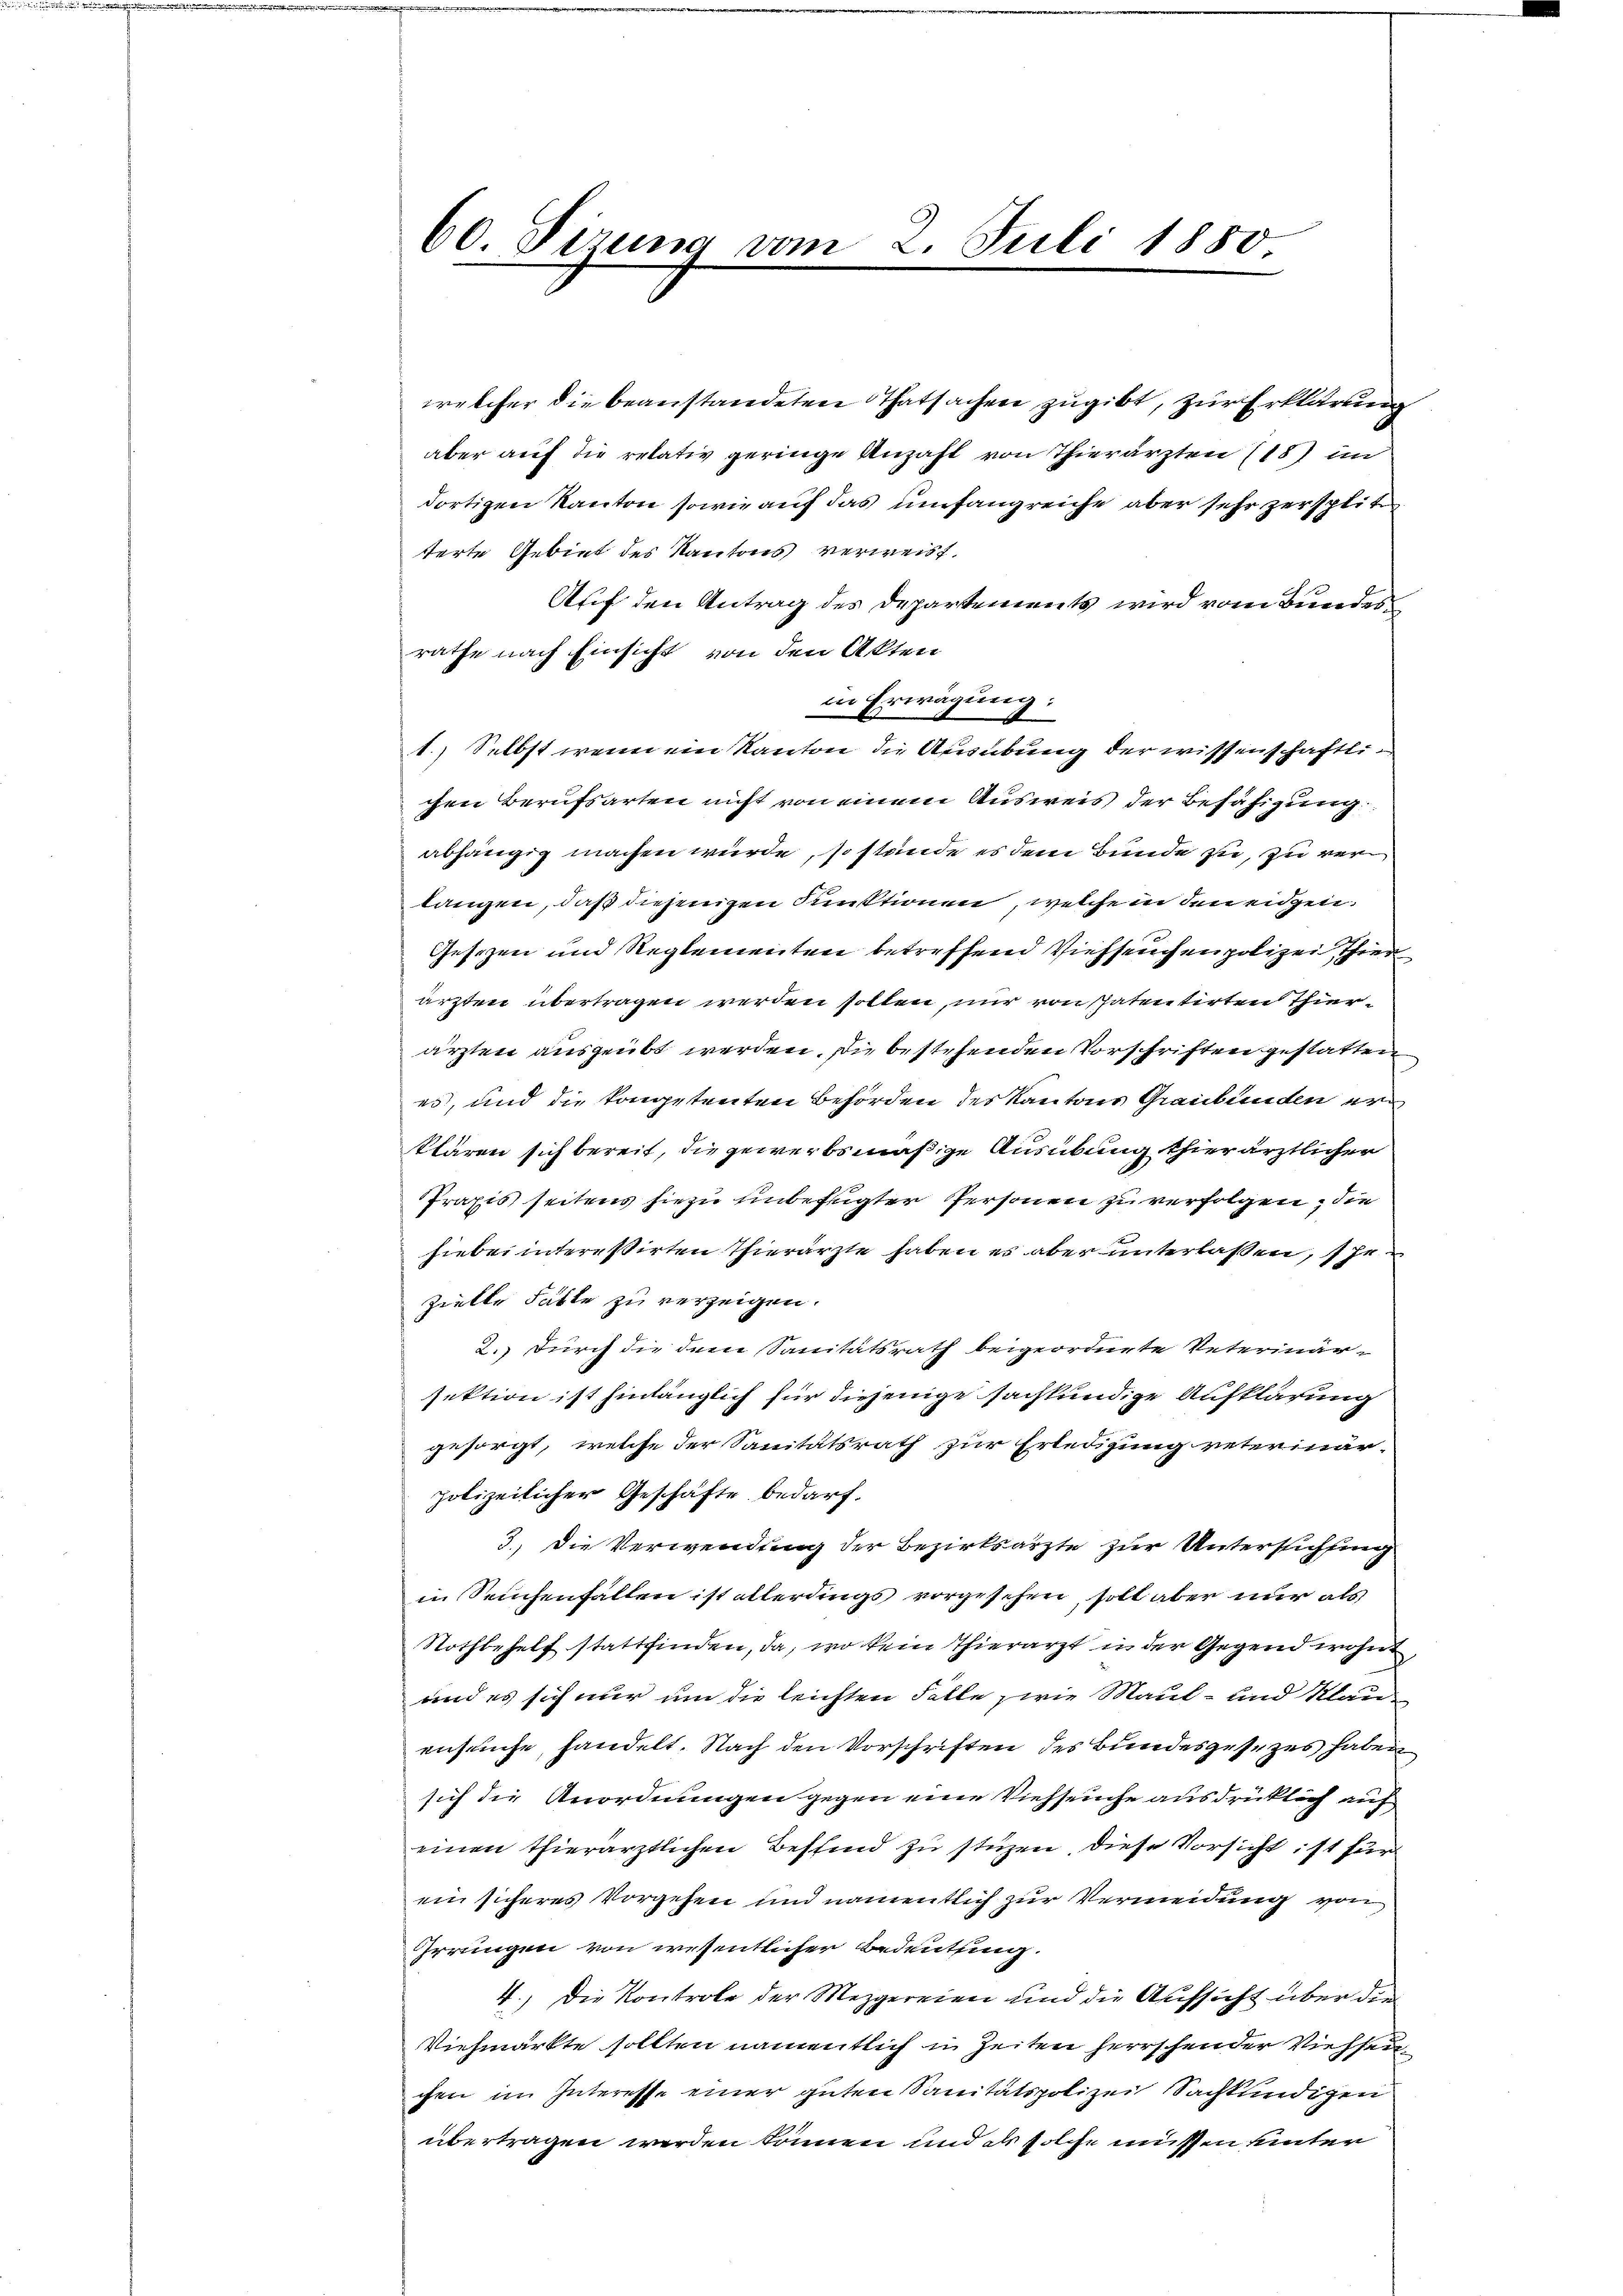
60. Sizung vom 2. Juli 1850

welcher die beanstandeten Thatsachen zugibt, zur Erklärung
aber auf die relativ geringe Anzahl von Thierärzten (18) in
dortigen Kanton sowie auf das umfangreiche aber sehr zersplitt
terte Gebiet des Kantons verweist.
Auf den Antrag des Departements wird vom Bundes
rathe nach Einsicht von den Akten
in Erwägung:
1.) Selbst wenn ein Kanton die Ausübung der wissenschaftlichen Berufsarten nicht von einem Ausweis der Befähigung
abhängig machen würde, so stande es dem Bunde zu, zu verlangen, daß diejenigen Punktionen, welche in den eidgen.
Gesezen und Reglementen betreffend Viehseuchen polizei Thier
ärzten übertragen werden sollen, nur von spatentirten Thierärzten ausgeübt werden. Die bestehenden Vorschriften gestatten
es, und die kompetenten Behörden des Kantons Graubünden er
klären sich bereit, die gewerbsmäßige Ausübung thierärztlicher
Praxis seitens hiezu unbefugter Personen zu verfolgen, die
hiebei interessirten Thierärzte haben es aber unterlaßen, he
zielte hätte zu verzeigen.
2.) Durch die dem Sanitätsrath beigeordnete Veterinär-
sektion ist hinlänglich für diejenige sachkundige Aufklärung
gesorgt, welche der Sanitätsrath zur Erledigung veterinär-
polizeilicher Geschäfte bedarf.
3.) Die Verwendung der Bezirksarzte zur Untersichtung
in Seuchenfallen ist allerdings vorgesehen, soll aber nur als
Nothbehelf stattfinden, da, wo kein Thierarzt in der Gegend wohne
und es sich nur um die leichten Fälle wie Maul- und Klauensuse, handelt. Nach den Vorschriften des Bundesgesezes haben
sich die Anordnungen gegen eine Viehseuche ausdrücklich auf
einen thierärztlichen Bessind zu stüzen. Diese Vorsicht ist für
ein sicheres Vorgehen und namentlich zur Vermeidung von
Grrungen von wesentlicher Bedeutung
4.) Die Kontrole der Mezgereien und die Aufsicht über die
Viehmarkte sollten namentlich in Zeiten herrschen der Viehsen.
chen im Interesse einer guten Sanitätspolizei Sachkundigen
übertragen werden können und es solche müssen unter